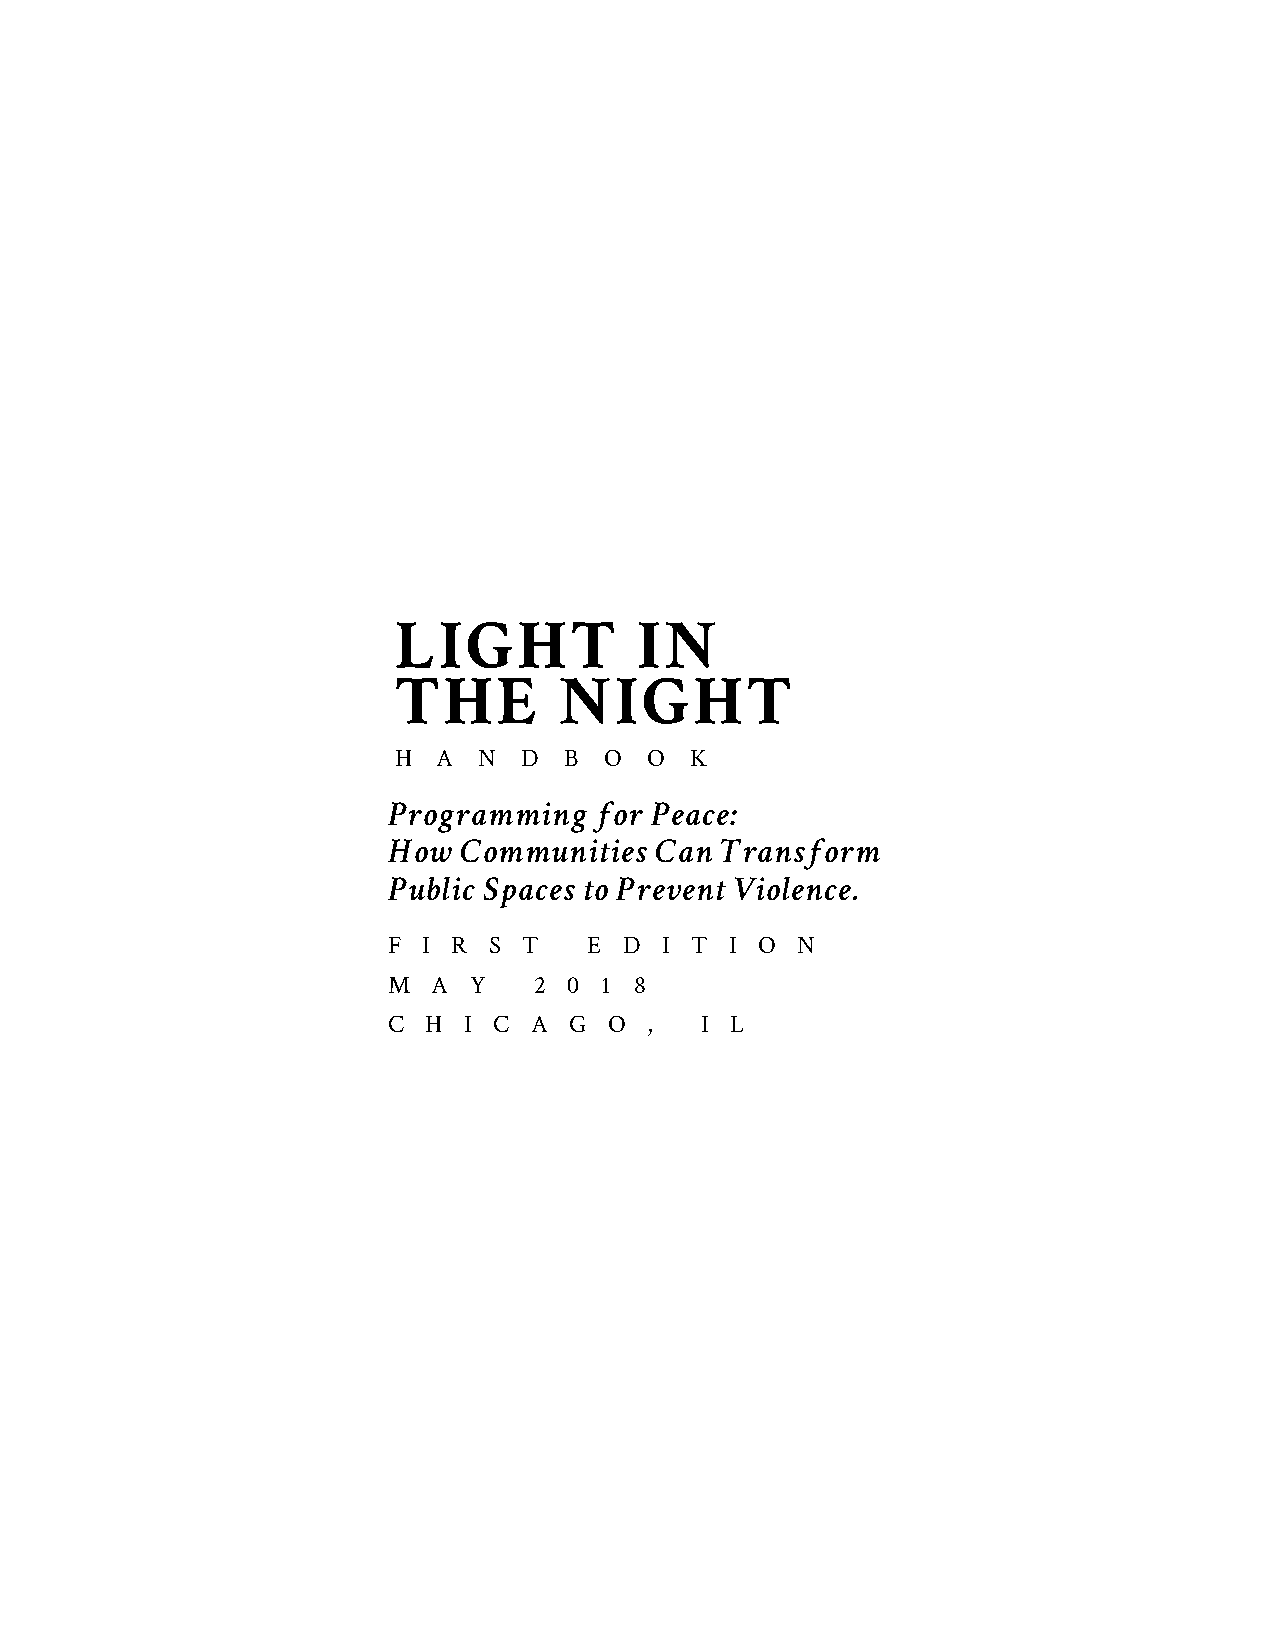
LIGHT           IN
 THE        NIGHT
 H  A  N  D B  O  O  K
 Programming  for Peace:
 How Communities  Can  Transform
 Public Spaces to Prevent Violence.
 F I R S  T   E D  I T I O  N
 M  A Y   2  0 1 8
 C H  I C A  G O  ,  I L